Lunatic asylums in Bengal annual reports 1912-1924 - 1912-1924
Year: 1912
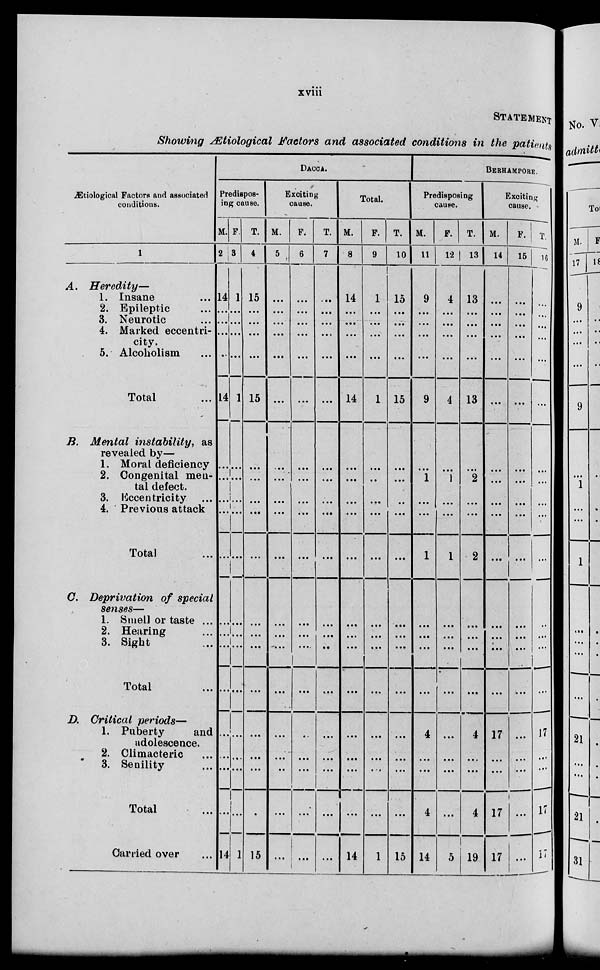
xviii
STATEMENT
Showing Ætiological Factors and associated conditions in the patients
Ætiological Factors and associated
conditions.
1
A.
Heredity—
1. Insane ...
2. Epileptic ...
3. Neurotic ...
4. Marked eccentri-
city.
5. Alcoholism ...
Total ...
B. Mental instability,
as
revealed by—
1. Moral deficiency
2. Congenital men¬
tal defect.
3. Eccentricity ...
4. Previous attack
Total ...
C. Deprivation
of special
senses—
1. Smell or taste ...
2. Hearing ...
3. Sight ...
Total ...
D. Critical
periods—
1. Puberty
and
adolescence.
2. Climacteric ...
3. Senility ...
Total ...
Carried over ...
DACCA.
Prediapos¬
ing cause.
M.
2
14
...
…
...
…
14
...
...
...
...
...
...
...
...
…
…
…
…
…
14
F.
3
1
...
...
...
...
1
...
...
...
…
…
…
…
…
...
…
...
…
…
1
T.
4
15
...
...
...
...
15
...
...
...
...
…
...
...
...
…
…
...
…
…
15
Exciting
cause.
M.
5
...
...
...
...
...
...
…
...
...
...
...
...
...
...
...
…
...
...
...
...
F.
6
...
...
...
...
...
...
...
...
...
...
...
...
...
...
...
…
...
...
...
...
T.
7
…
...
...
...
...
...
...
...
...
...
...
...
...
…
...
...
...
...
...
...
Total.
M.
8
14
...
...
...
...
14
...
...
...
...
...
...
...
...
...
...
...
...
...
14
F.
9
1
...
...
...
...
1
...
…
...
...
...
...
...
...
...
...
...
…
...
1
T.
10
15
...
...
…
...
15
...
...
…
...
...
...
...
...
...
...
...
...
...
15
BERHAMPORE.
Predisposiog
cause.
M.
11
9
…
…
...
...
9
...
1
...
...
1
...
...
...
...
4
...
...
4
14
F.
12
4
...
...
...
...
4
...
1
...
...
1
...
...
...
...
...
...
...
...
5
T.
13
13
...
...
...
...
13
…
2
...
...
2
...
...
...
...
4
...
...
4
19
Exciting
cause.
M.
14
...
...
...
...
...
...
...
...
...
...
...
…
...
...
...
17
...
...
17
17
F.
15
…
...
...
...
...
...
...
...
...
…
...
...
...
...
...
…
...
…
…
...
T.
16
…
…
…
...
...
...
...
...
…
...
...
…
…
…
…
17
…
…
17
17